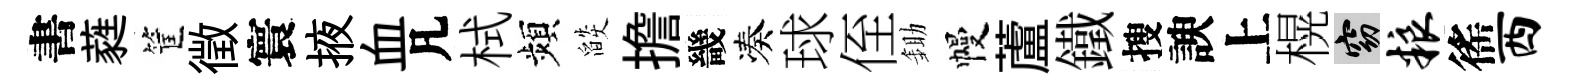
書蕤筐徵寰掖血凡栻頻燄擔畿凑球侄鋤幔蘆鐵搜諛上榥窈粮徭西